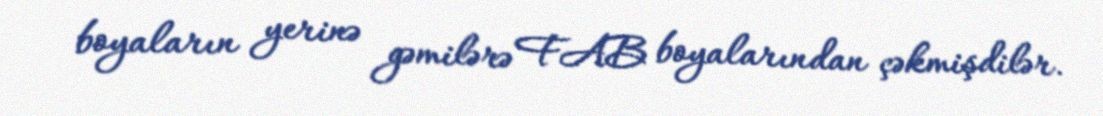
boyaların yerinə gəmilərə FAB boyalarından çəkmişdilər.